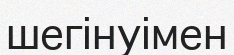
шегінуімен